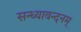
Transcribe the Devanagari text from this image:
सन्ध्यावन्दनम्